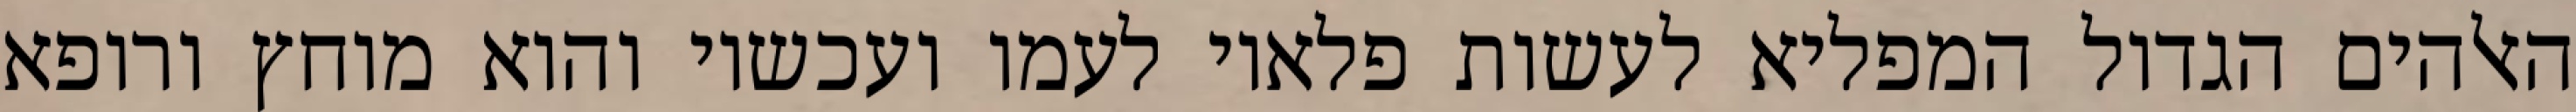
האלהים הגדול המפליא לעשות פלאיו לעמו ועכשיו והוא מוחץ ורופא